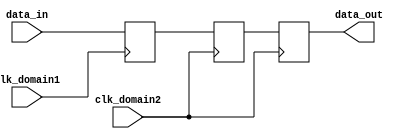
module timing_sync (
    input wire data_in,
    input wire clk_domain1,
    input wire clk_domain2,
    output reg data_out
);

reg flop1, flop2, flop3;

always @(posedge clk_domain1)
begin
    flop1 <= data_in;
end

always @(posedge clk_domain2)
begin
    flop2 <= flop1;
end

always @(posedge clk_domain2)
begin
    flop3 <= flop2;
end

assign data_out = flop3;

endmodule